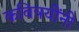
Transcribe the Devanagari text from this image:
कवित्रयींनी